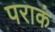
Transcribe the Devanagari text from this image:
पराकं